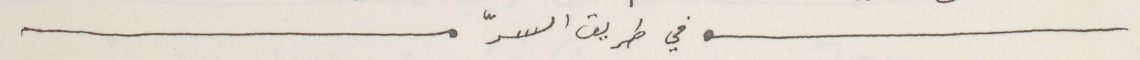
في طريق السرّ